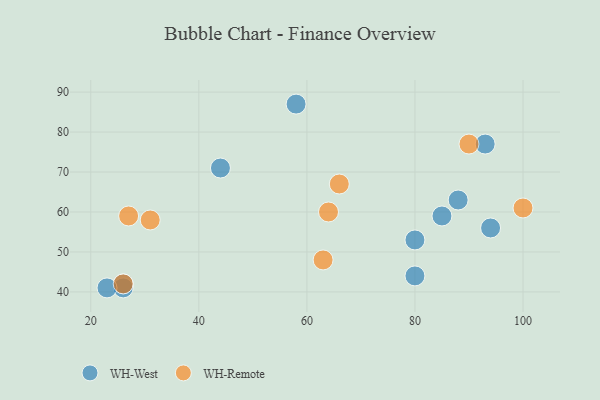
{"axis": {"x": "GDP", "y": "Life Expectancy"}, "legend": ["WH-Remote", "WH-West"], "data": [{"x": "44", "y": 71, "type": "WH-West"}, {"x": "93", "y": 77, "type": "WH-West"}, {"x": "80", "y": 53, "type": "WH-West"}, {"x": "26", "y": 41, "type": "WH-West"}, {"x": "88", "y": 63, "type": "WH-West"}, {"x": "80", "y": 44, "type": "WH-West"}, {"x": "94", "y": 56, "type": "WH-West"}, {"x": "26", "y": 42, "type": "WH-West"}, {"x": "85", "y": 59, "type": "WH-West"}, {"x": "23", "y": 41, "type": "WH-West"}, {"x": "58", "y": 87, "type": "WH-West"}, {"x": "90", "y": 77, "type": "WH-Remote"}, {"x": "31", "y": 58, "type": "WH-Remote"}, {"x": "100", "y": 61, "type": "WH-Remote"}, {"x": "64", "y": 60, "type": "WH-Remote"}, {"x": "27", "y": 59, "type": "WH-Remote"}, {"x": "26", "y": 42, "type": "WH-Remote"}, {"x": "66", "y": 67, "type": "WH-Remote"}, {"x": "63", "y": 48, "type": "WH-Remote"}]}